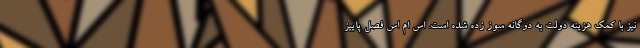
نیز با کمک هزینه دولت به دوگانه سوز زده شده است. اس ام اس فصل پاییز